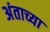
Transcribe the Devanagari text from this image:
अंताच्या